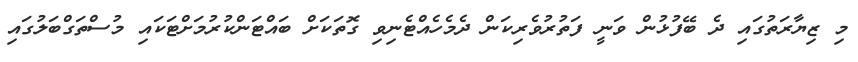
މި ޒިޔާރަތުގައި ދެ ބޭފުޅުން ވަނީ ފަތުރުވެރިކަން ދެމެހެއްޓެނިވި ގޮތަކަށް ބައްޓަންކުރުމަށްޓަކައި މުސްތަގްބަލުގައި